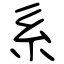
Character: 系